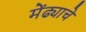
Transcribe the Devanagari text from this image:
मेंढ्याचे